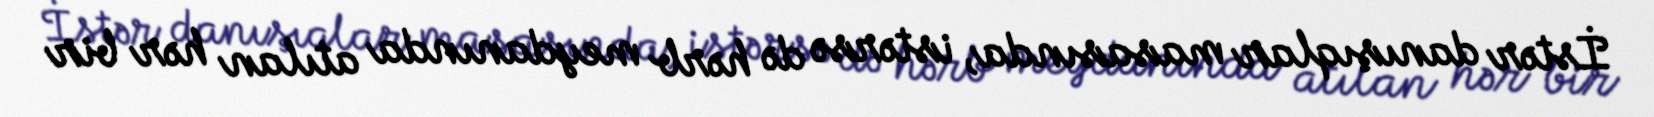
İstər danışıqlar masasında, istərsə də hərb meydanında atılan hər bir